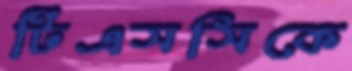
টিএসসিকে